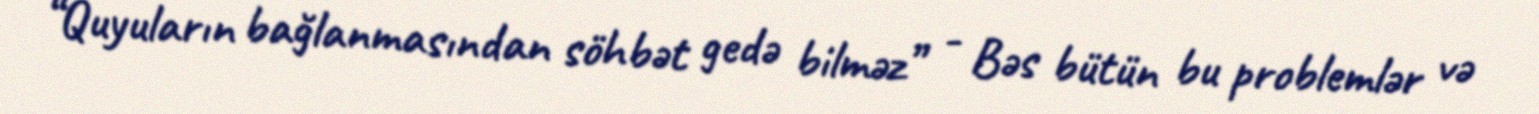
“Quyuların bağlanmasından söhbət gedə bilməz” - Bəs bütün bu problemlər və